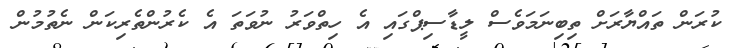
ކުރަން ތައްޔާރަށް ތިބިނަމަވެސް ލީޑާސިޕްގައި އެ ހިތްވަރު ނުވަތަ އެ ކެރުންތެރިކަން ނެތުމުން